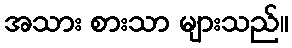
အသား စားသာ များသည်။